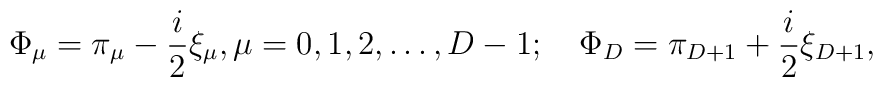
\Phi_\mu  =\pi_\mu-\frac{i}{2}\xi_\mu,\mu=0,1,2,\ldots,D-1;\quad \Phi_D =\pi_{D+1}+\frac{i}{2}\xi_{D+1},\nonumber\\